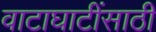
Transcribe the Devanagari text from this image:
वाटाघाटींसाठी